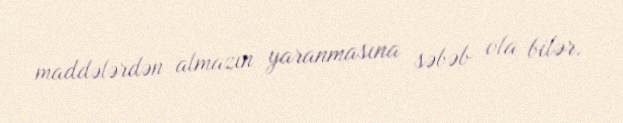
maddələrdən almazın yaranmasına səbəb ola bilər.